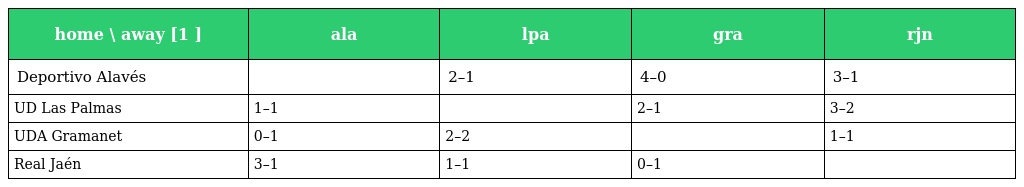
| home \ away [1 ] | ala | lpa | gra | rjn |
 | --- | --- | --- | --- | --- |
 | Deportivo Alavés |  | 2–1 | 4–0 | 3–1 |
 | UD Las Palmas | 1–1 |  | 2–1 | 3–2 |
 | UDA Gramanet | 0–1 | 2–2 |  | 1–1 |
 | Real Jaén | 3–1 | 1–1 | 0–1 |  |